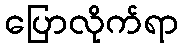
ပြောလိုက်ရာ